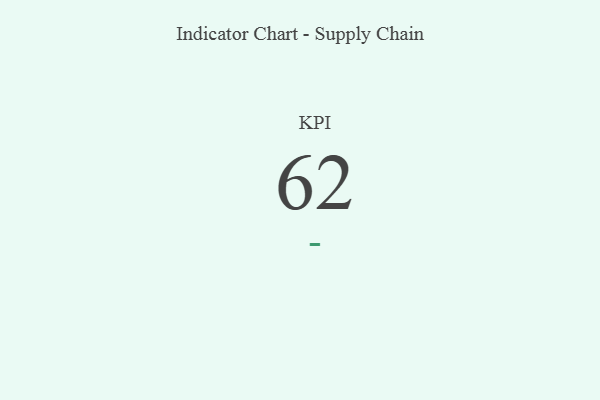
{"axis": {"x": "KPI", "y": "Value"}, "legend": [""], "data": [{"x": "KPI", "y": 62, "type": ""}]}